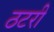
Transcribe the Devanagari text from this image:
ठटरी